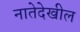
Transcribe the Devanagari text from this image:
नातेदेखील